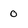
Character: 0